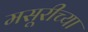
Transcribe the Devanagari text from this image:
मसूरीच्या